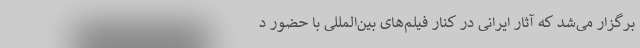
برگزار می‌شد که آثار ایرانی در کنار فیلم‌های بین‌المللی با حضور د